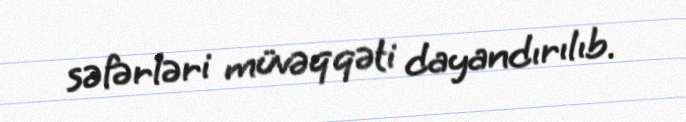
səfərləri müvəqqəti dayandırılıb.